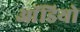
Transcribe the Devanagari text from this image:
आॅडियो